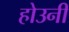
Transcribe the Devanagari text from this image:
होउनी